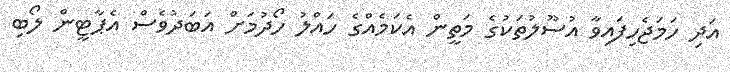
އަދި ހަމަޖެހިފައިވާ އުސޫލުތަކުގެ މަތީން އެކަމެއްގެ ހައްލު ހޯދުމަށް އަބަދުވެސް އެޕާޓީން ލޯބި